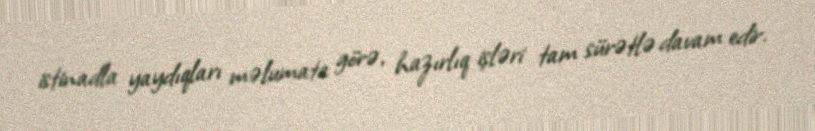
istinadla yaydıqları məlumata görə, hazırlıq işləri tam sürətlə davam edir.